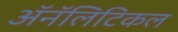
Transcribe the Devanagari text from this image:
ॲनॅलिटिकल